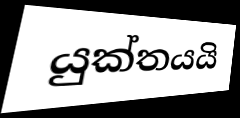
යුක්තයයි